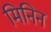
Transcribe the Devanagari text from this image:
मिनिन